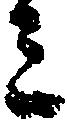
ミ